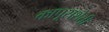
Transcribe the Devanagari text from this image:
कापूसशेती